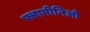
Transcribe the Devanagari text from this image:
फ्लामीनिओ